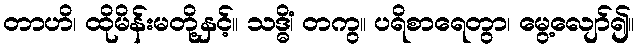
တာဟိ၊ ထိုမိန်းမတို့နှင့်။ သဒ္ဓိံ၊ တကွ။ ပရိစာရေတွာ၊ မွေ့လျော်၍။